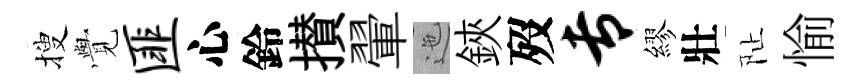
搜𮗜匪心鈴攅翬迤鋏歿专繆壯阯愉